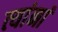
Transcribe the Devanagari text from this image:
त्‍यांनां